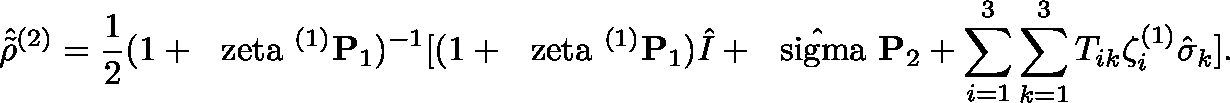
\hat { \tilde { \rho } } ^ { ( 2 ) } = \frac { 1 } { 2 } ( 1 + \mathrm { \boldmath ~ \ z e t a ~ } ^ { ( 1 ) } { \bf P } _ { 1 } ) ^ { - 1 } [ ( 1 + \mathrm { \boldmath ~ \ z e t a ~ } ^ { ( 1 ) } { \bf P } _ { 1 } ) \hat { I } + \hat { \mathrm { \boldmath ~ \ s i g m a ~ } } { \bf P } _ { 2 } + \sum _ { i = 1 } ^ { 3 } \sum _ { k = 1 } ^ { 3 } T _ { i k } \zeta _ { i } ^ { ( 1 ) } \hat { \sigma } _ { k } ] .